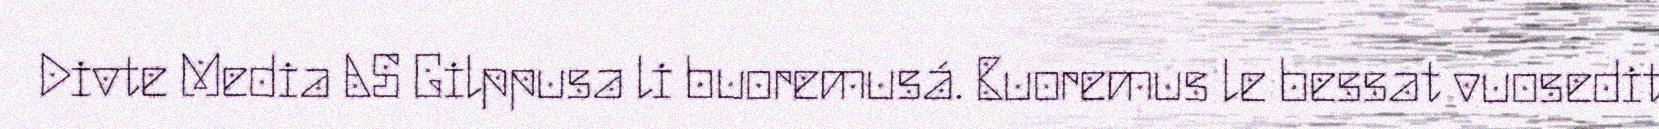
Divte Media AS Gilppusa li buoremusá. Buoremus le bessat vuosedit